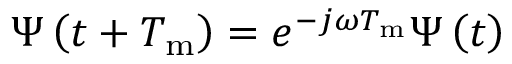
\boldsymbol { \Psi } \left( t + T _ { \mathrm { m } } \right) = e ^ { - j \omega T _ { \mathrm { m } } } \boldsymbol { \Psi } \left( t \right)